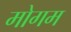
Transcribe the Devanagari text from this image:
मोगम